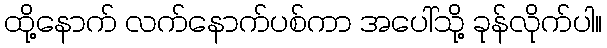
ထို့နောက် လက်နောက်ပစ်ကာ အပေါ်သို့ ခုန်လိုက်ပါ။